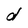
Character: d